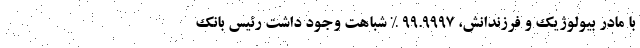
با مادر بیولوژیک و فرزندانش، ۹۹.۹۹۹۷ % شباهت وجود داشت رئیس بانک